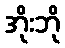
အိုးဘို